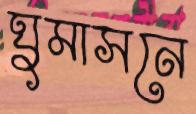
ঘুমাসনে